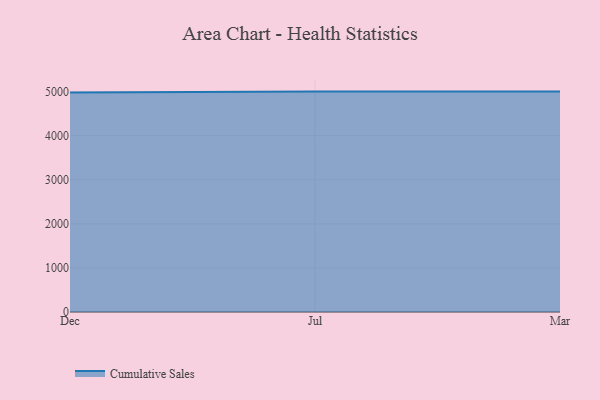
{"axis": {"x": "Month", "y": "Population (Million)"}, "legend": ["Cumulative Sales"], "data": [{"x": "Dec", "y": 4980.0, "type": "Cumulative Sales"}, {"x": "Jul", "y": 5000, "type": "Cumulative Sales"}, {"x": "Mar", "y": 5000, "type": "Cumulative Sales"}]}